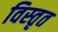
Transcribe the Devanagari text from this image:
विस्‍तृत